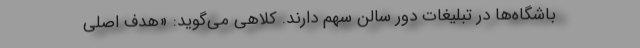
باشگاه‌ها در تبلیغات دور سالن سهم دارند. کلاهی می‌‌گوید: «هدف اصلی